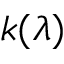
k ( \lambda )